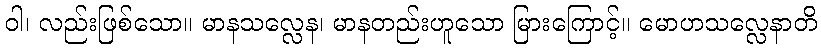
ဝါ၊ လည်းဖြစ်သော။ မာနသလ္လေန၊ မာနတည်းဟူသော မြားကြောင့်။ မောဟသလ္လေနာတိ